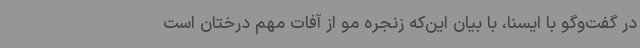
در گفت‌وگو با ایسنا، با بیان این‌که زنجره‌ مو از آفات مهم درختان است